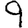
Digit: 9